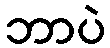
ဘာပဲ